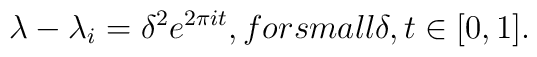
\lambda -\lambda _i=\delta^2e^{2\pi it}, for small \delta,t\in [0, 1].